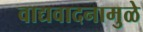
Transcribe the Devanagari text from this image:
वाद्यवादनामुळे